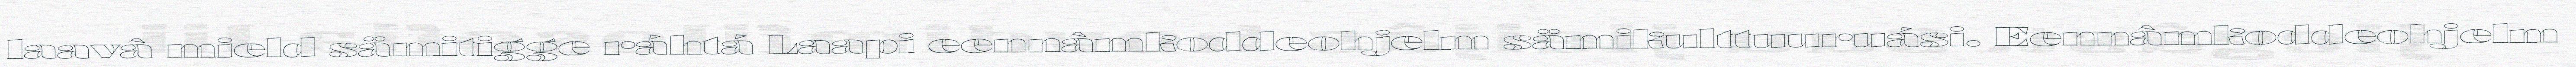
laavâ mield sämitigge ráhtá Laapi eennâmkoddeohjelm sämikulttuuruási. Eennâmkoddeohjelm